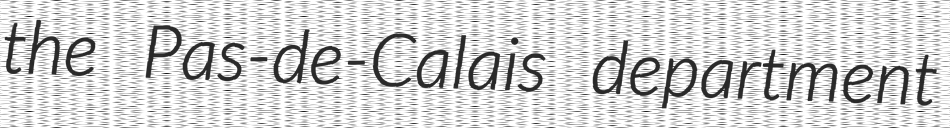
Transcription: the Pas-de-Calais department